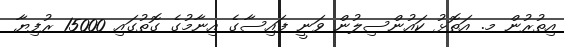
އިތުރުން މ. އަތޮޅު ކައުންސިލުން ވަނީ ފައިސާގެ އިނާމުގެ ގޮތުގައި 15000 ރުފިޔާ